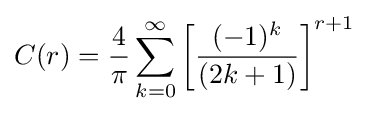
C(r)={\frac {4}{\pi }}\sum _{k=0}^{\infty }\left[{\frac {(-1)^{k}}{(2k+1)}}\right]^{r+1}~